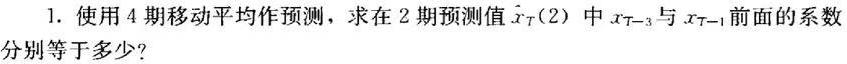
1. 使用 4 期移动平均作预测，求在 2 期预测值 $\hat{x}_T(2)$ 中 $x_{T - 3}$ 与 $x_{T - 1}$ 前面的系数分别等于多少？